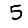
Digit: 5